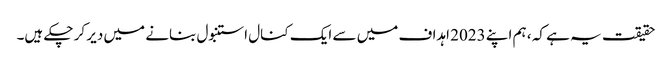
حقیقت یہ ہے کہ ، ہم اپنے 2023 اہداف میں سے ایک کنال استنبول بنانے میں دیر کر چکے ہیں۔